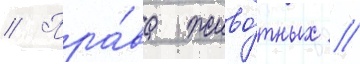
// Пра́ва живо́тных //